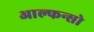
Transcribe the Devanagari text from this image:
आल्फन्सो